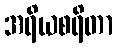
အရိယစရိတာ